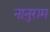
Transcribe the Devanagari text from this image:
नानुराम